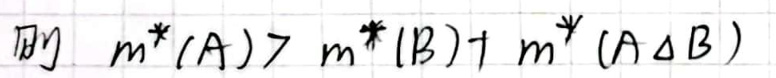
则 \(m^*(A) > m^*(B)+m^*(A\Delta B)\)